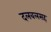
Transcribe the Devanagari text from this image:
दलबलसह